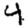
Digit: 4